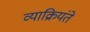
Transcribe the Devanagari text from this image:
व्याक्रियंते